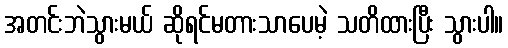
အတင်းဘဲသွားမယ် ဆိုရင်မတားသာပေမဲ့ သတိထားပြီး သွားပါ။